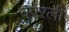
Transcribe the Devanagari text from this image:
वपरली